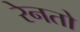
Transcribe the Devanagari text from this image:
रेनतो